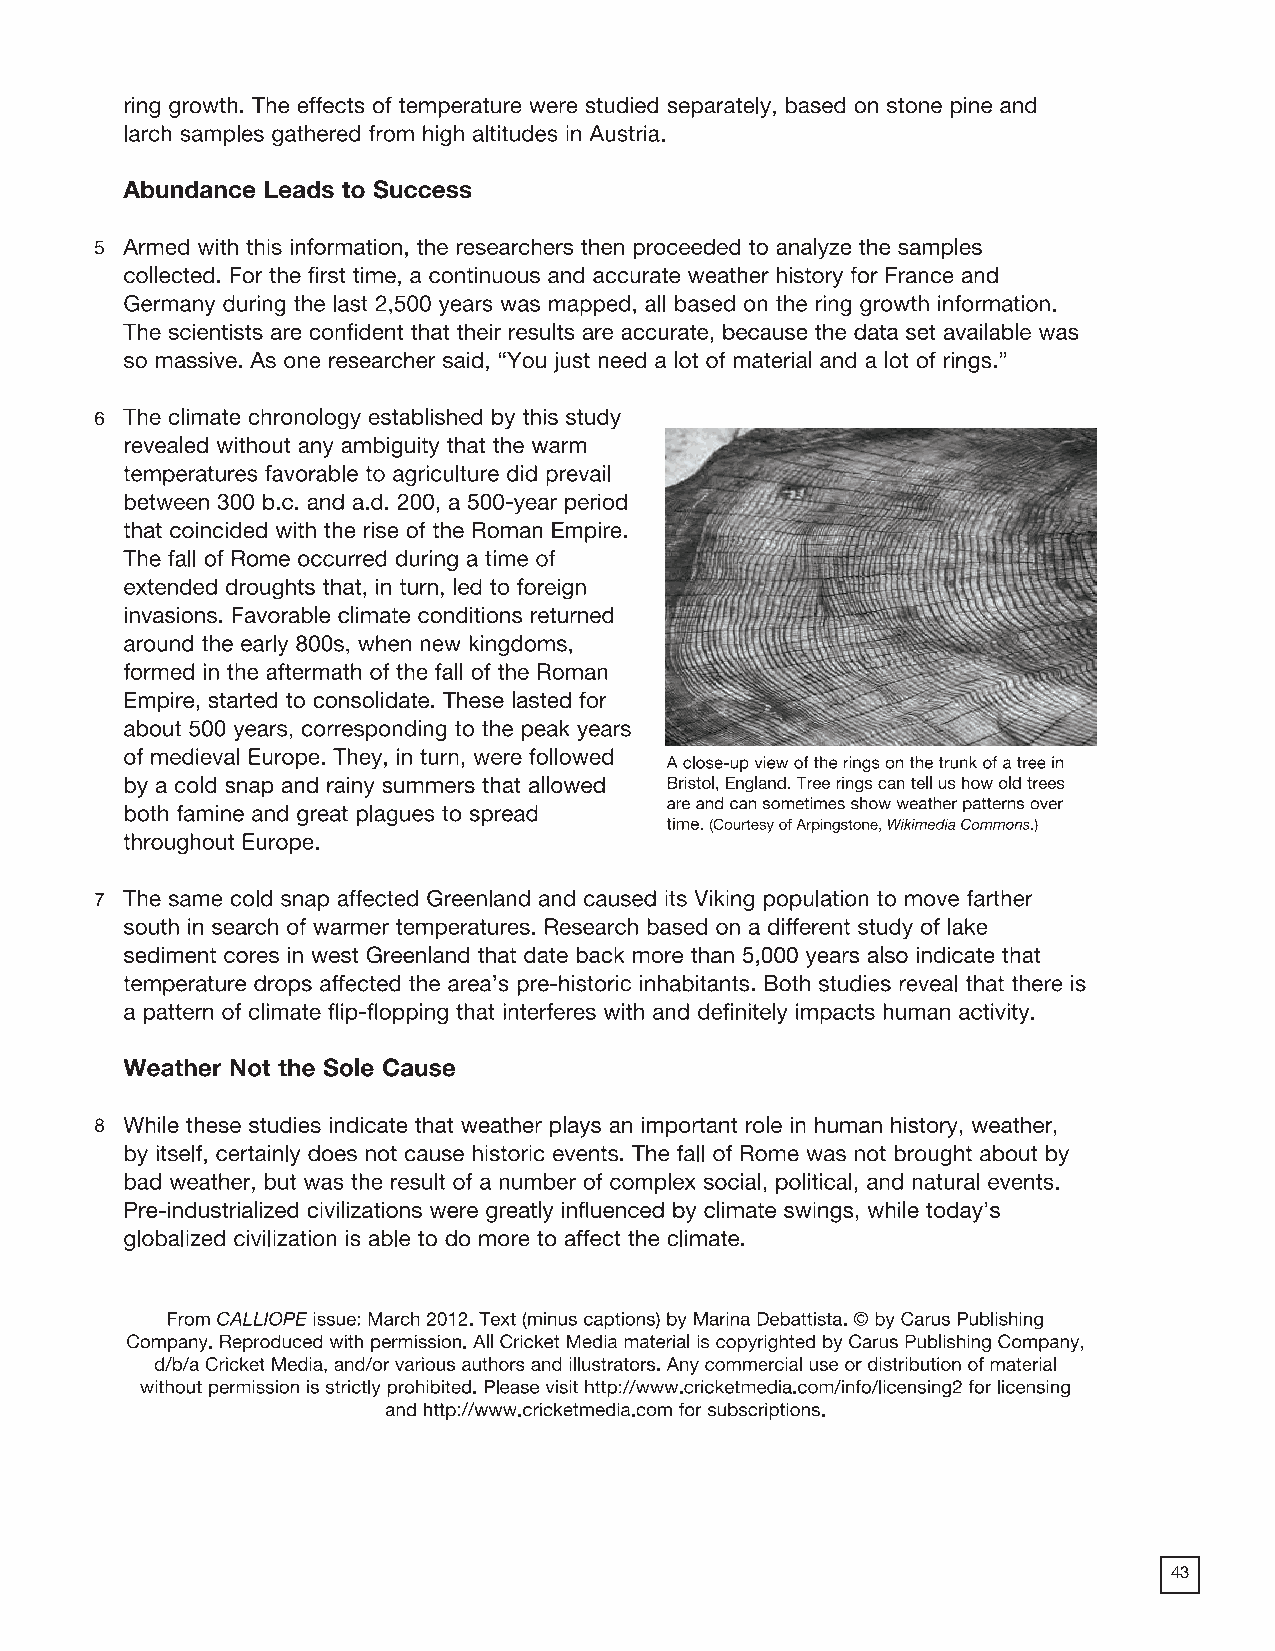
2018 ProdSamp_Layout 1 7/28/17 12:09 PM Page 167
 Reading Fundamentals Extreme Weather Grade 6 Summative Assessment
 113
 “Trees Tell of Rome’s Rise and Fall” by Marina Debattista (2 of 2)
 43